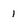
Character: 1